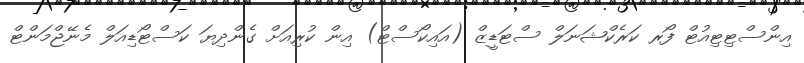
އިންސްޓިޓިއުޓް ފޯރ ކަރެކްޝަނަލް ސްޓަޑީޒް (އައިކޯސްޓް) އިން ކުރިއަށް ގެންދިޔަ ކަސްޓޯޑިއަލް މެނޭޖްމަންޓް